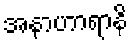
အနာဟာရာနိ